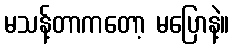
မသန့်တာကတော့ မပြောနဲ့။